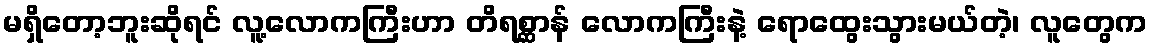
မရှိတော့ဘူးဆိုရင် လူ့လောကကြီးဟာ တိရစ္ဆာန် လောကကြီးနဲ့ ရောထွေးသွားမယ်တဲ့၊ လူတွေက